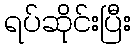
ရပ်ဆိုင်းပြီး